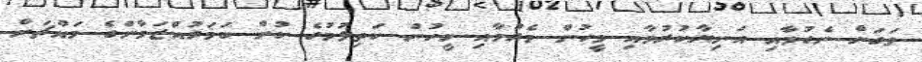
ވަގަށް ނެގުމާއި އަނިޔާކުރުމާއި މީހުން މެރުމާއި މީހުން ކަތިލުމުގެ ކުށް ކަމަރުއްޒަމާންގެ މައްޗަށް